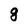
Character: g